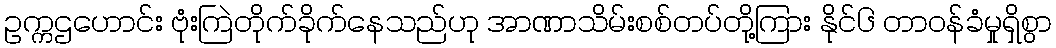
ဥက္ကဌဟောင်း ဗုံးကြဲတိုက်ခိုက်နေသည်ဟု အာဏာသိမ်းစစ်တပ်တို့ကြား နိုင်၆ တာဝန်ခံမှုရှိစွာ